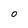
Character: O